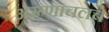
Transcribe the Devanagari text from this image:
अरूणाचलचे